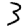
Digit: 3